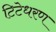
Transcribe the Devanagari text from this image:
टिटेधरण